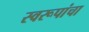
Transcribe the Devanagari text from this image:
स्वरूपांचा